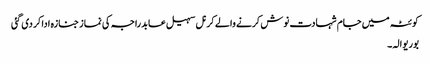
کوئٹہ میں جام شہادت نوش کرنے والے کرنل سہیل عابد راجہ کی نماز جنازہ ادا کر دی گئی
بوریوالہ۔